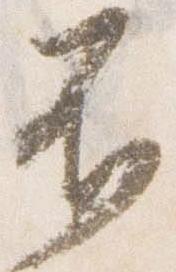
不